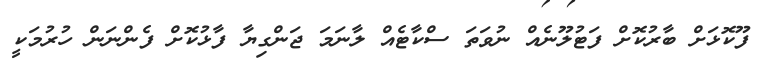
ފޫކޮޅަށް ބާރުކޮށް ފަޓުލޫނެއް ނުވަތަ ސްކާޓެއް ލާނަމަ ޖަންގިޔާ ފާޅުކޮށް ފެންނަން ހުރުމަކީ